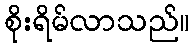
စိုးရိမ်လာသည်။